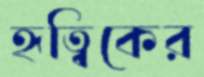
হৃত্বিকের